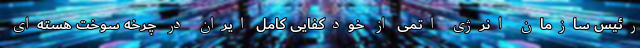
رئیس سازمان انرژی اتمی از خودکفایی کامل‌ ایران در چرخه سوخت هسته‌ای